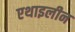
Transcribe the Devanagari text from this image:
एथाइलीन